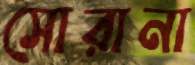
সোরানা